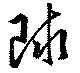
球